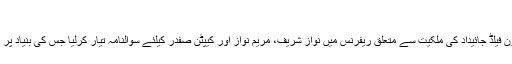
مئی 17, 2018	254 Views
اسلام آباد (مانیٹرنگ ڈیسک)احتساب عدالت نے ایون فیلڈ جائیداد کی ملکیت سے متعلق ریفرنس میں نواز شریف، مریم نواز اور کیپٹن صفدر کیلئے سوالنامہ تیار کرلیا جس کی بنیاد پر تینوں ملزمان کے بیانات ریکارڈ کئے جائیں گے۔